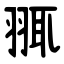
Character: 䎎